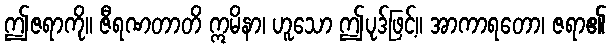
ဤဇရာကို။ ဇီရဏတာတိ ဣမိနာ၊ ဟူသော ဤပုဒ်ဖြင့်။ အာကာရတော၊ ဇရာ၏